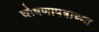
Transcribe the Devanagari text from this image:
घोषणापत्राच्या